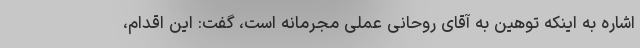
اشاره به اینکه توهین به آقای روحانی عملی مجرمانه است، گفت: این اقدام،